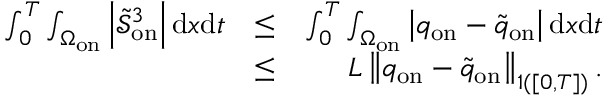
\begin{array} { r l r } { \int _ { 0 } ^ { T } \int _ { \Omega _ { \mathrm { o n } } } \left| \tilde { \mathcal { S } } _ { \mathrm { o n } } ^ { 3 } \right| \mathrm { d } x \mathrm { d } t } & { \leq } & { \int _ { 0 } ^ { T } \int _ { \Omega _ { \mathrm { o n } } } \left| q _ { \mathrm { o n } } - \tilde { q } _ { \mathrm { o n } } \right| \mathrm { d } x \mathrm { d } t } \\ & { \leq } & { { L } \left\| q _ { \mathrm { o n } } - \tilde { q } _ { \mathrm { o n } } \right\| _ { \L { 1 } ( [ 0 , T ] ) } . } \end{array}